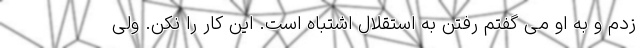
زدم و به او می گفتم رفتن به استقلال اشتباه است. این کار را نکن. ولی